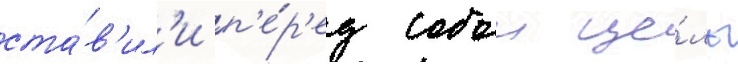
ста́в'ил'и п'е́р'ед собои це́ль